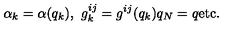
\alpha _ { k } = \alpha ( q _ { k } ) , \ g _ { k } ^ { i j } = g ^ { i j } ( q _ { k } ) q _ { N } = q \mathrm { e t c . }